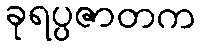
ခုရပ္ပဇာတက